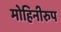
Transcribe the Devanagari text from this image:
मोहिनीरुप